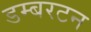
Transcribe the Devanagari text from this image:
डम्बरटन